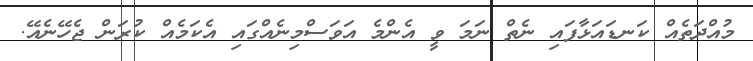
މުއްދަތެއް ކަނޑައަޅާފައި ނެތް ނަމަ ވީ އެންމެ އަވަސްމިނެއްގައި އެކަމެއް ކުރަން ޖެހޭނެއޭ.